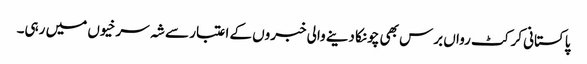
پاکستانی کرکٹ رواں برس بھی چونکا دینے والی خبروں کے اعتبار سے شہ سرخیوں میں رہی۔